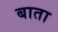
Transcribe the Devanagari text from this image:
बाता